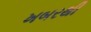
ખબરથી